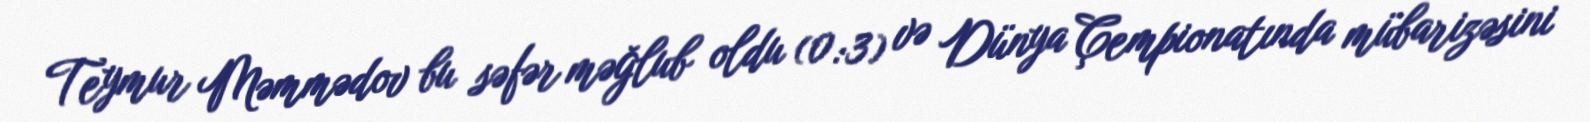
Teymur Məmmədov bu səfər məğlub oldu (0:3) və Dünya Çempionatında mübarizəsini